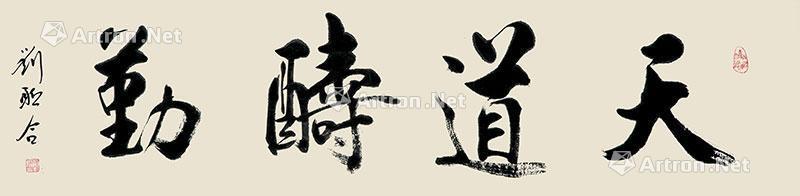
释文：天道醻勤刘联合